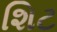
શિટ